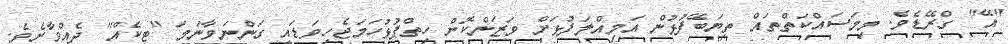
"އޭ" ގްރޭޑެވެ. މިމަސައްކަތްތައް ތިޔަބޭފުޅުން އަމިއްލަފުޅަށް ވަޒަންކޮށް ހިތްޕުޅުހަމަޖެހިވަޑައި ގަންނަވާނަމަ "ޓިކެއް" ދެއްވާށެވެ.